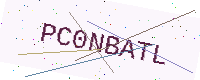
Text: PC0NBATL